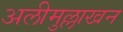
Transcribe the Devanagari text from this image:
अलीमुल्लाखन